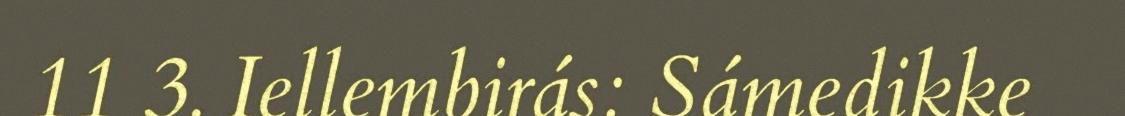
11 3. Iellembirás: Sámedikke